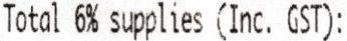
TOTAL 6% SUPPLIES (INC. GST):